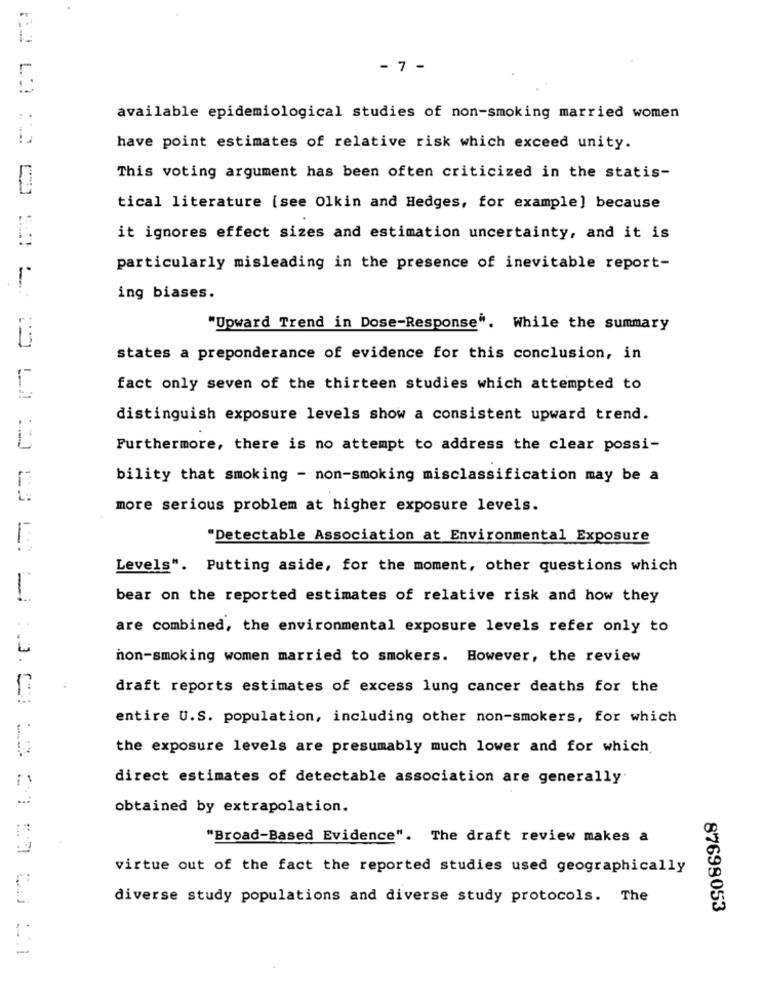
- 7 -
available epidemiological studies of non-smoking married women
have point estimates of relative risk which exceed unity.
This voting argument has been often criticized in the statis-
tical literature [see Olkin and Hedges, for example] because
it ignores effect sizes and estimation uncertainty, and it is
particularly misleading in the presence of inevitable report-
ing biases.
"Upward Trend in Dose-Response". While the summary
Li
states a preponderance of evidence for this conclusion, in
fact only seven of the thirteen studies which attempted to
distinguish exposure levels show a consistent upward trend.
Furthermore, there is no attempt to address the clear possi-
bility that smoking - non-smoking misclassification may be a
more serious problem at higher exposure levels.
1
"Detectable Association at Environmental Exposure
Levels". Putting aside, for the moment, other questions which
1
bear on the reported estimates of relative risk and how they
are combined, the environmental exposure levels refer only to
non-smoking women married to smokers. However, the review
draft reports estimates of excess lung cancer deaths for the
entire U.S. population, including other non-smokers, for which
the exposure levels are presumably much lower and for which
direct estimates of detectable association are generally
...
obtained by extrapolation.
"Broad-Based Evidence". The draft review makes a
virtue out of the fact the reported studies used geographically
diverse study populations and diverse study protocols. The
87698053
-